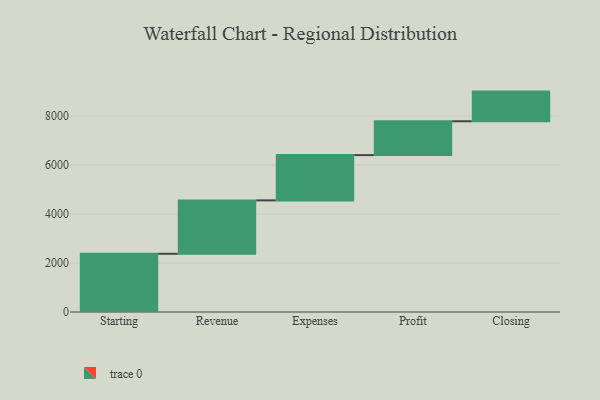
{"axis": {"x": "Step", "y": "Value"}, "legend": [""], "data": [{"x": "Starting", "y": 2377.0, "type": ""}, {"x": "Revenue", "y": 2181.0, "type": ""}, {"x": "Expenses", "y": 1848.0, "type": ""}, {"x": "Profit", "y": 1382.0, "type": ""}, {"x": "Closing", "y": 1212.0, "type": ""}]}